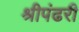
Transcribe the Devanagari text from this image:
श्रीपंढरी